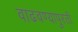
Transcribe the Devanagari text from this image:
वाढवण्यापुरती